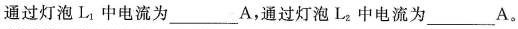
通过灯泡L_{1}中电流为___A，通过灯泡L_{2}中电流为___A。